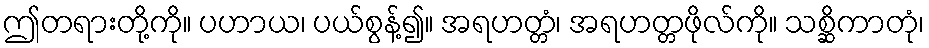
ဤတရားတို့ကို။ ပဟာယ၊ ပယ်စွန့်၍။ အရဟတ္တံ၊ အရဟတ္တဖိုလ်ကို။ သစ္ဆိကာတုံ၊